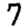
Digit: 7